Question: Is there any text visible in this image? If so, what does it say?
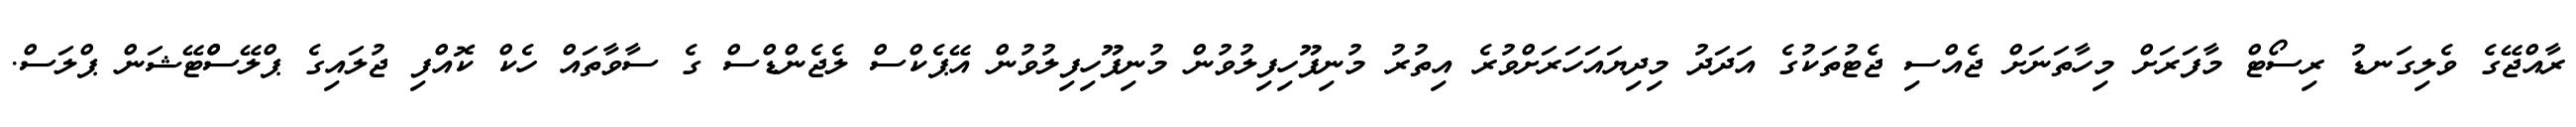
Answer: ރާއްޖޭގެ ވެލިގަނޑު ރިސޯޓް މާފަރަށް މިހާތަނަށް ޖެއްސި ޖެޓުތަކުގެ އަދަދު މިދިޔައަހަރަށްވުރެ އިތުރު މުނިފޫހިފިލުވުން މުނިފޫހިފިލުވުން އޭޕެކްސް ލެޖެންޑްސް ގެ ސާވާތައް ހެކް ކޮއްފި ޖުލައިގެ ޕްލޭސްްޓޭޝަން ޕްލަސް.